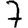
Digit: 7